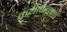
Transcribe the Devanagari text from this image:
कथाकल्पना